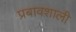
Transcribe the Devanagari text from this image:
प्रबावशाली